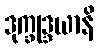
ဒုက္ခုဒ္ဒယာနိ